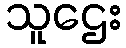
သူဌေး